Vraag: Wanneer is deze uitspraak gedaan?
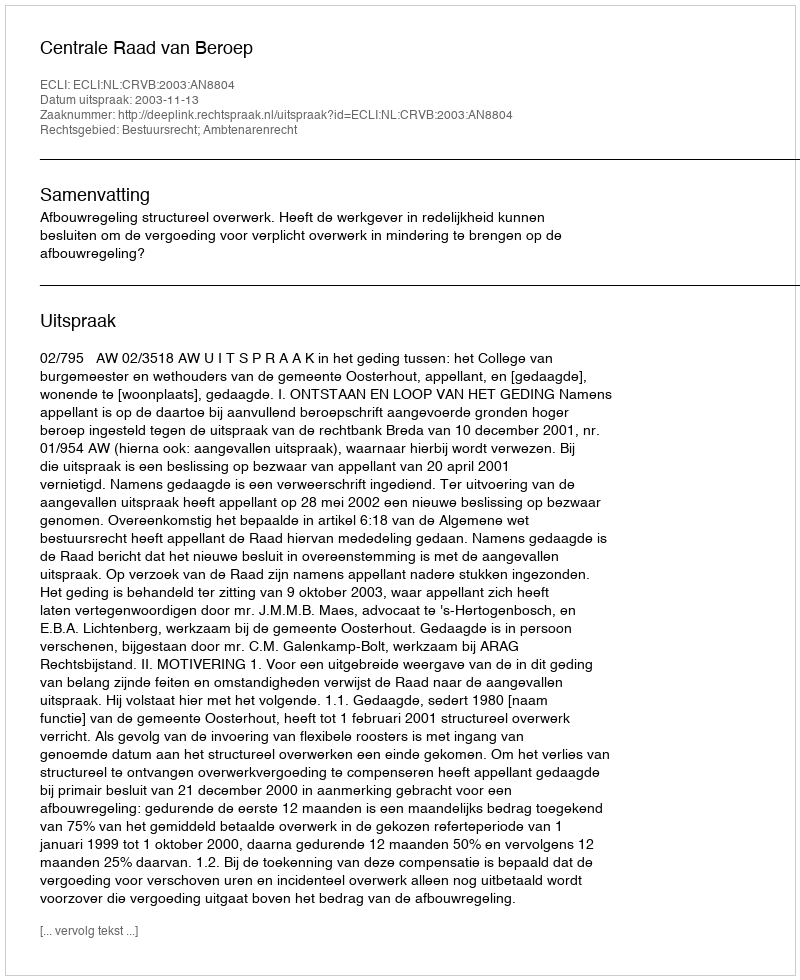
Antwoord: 2003-11-13